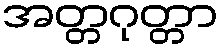
အတ္တဂုတ္တာ